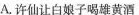
A.许仙让白娘子喝雄黄酒